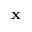
\textbf { x }